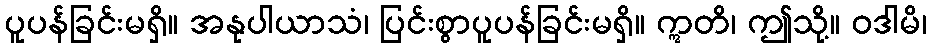
ပူပန်ခြင်းမရှိ။ အနုပါယာသံ၊ ပြင်းစွာပူပန်ခြင်းမရှိ။ ဣတိ၊ ဤသို့။ ဝဒါမိ၊